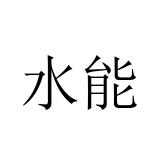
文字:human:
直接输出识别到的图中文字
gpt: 水能